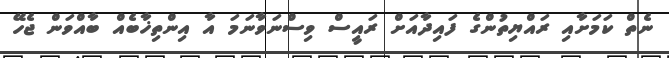
ނެތް ކަމަށާއި ރައްޔިތުންގެ ފައިދާއަށް ރައީސް ވިސްނަވާނަމަ އާ އިންތިޚާބެއް ބާއްވަން ޖެހޭ